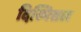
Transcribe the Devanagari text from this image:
दिस्मिसल